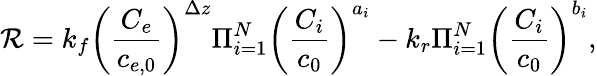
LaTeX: \mathcal{R}=k_{f}\left(\frac{C_{e}}{c_{e,0}}\right)^{\Delta z}\Pi_{i=1}^{N}\left(\frac{C_{i}}{c_{0}}\right)^{a_{i}}-k_{r}\Pi_{i=1}^{N}\left(\frac{C_{i}}{c_{0}}\right)^{b_{i}},